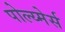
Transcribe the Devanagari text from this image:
पोल्य्मेर्स